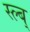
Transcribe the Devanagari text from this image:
स्ल्ब्